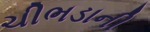
ચીભડાની